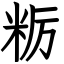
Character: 粝